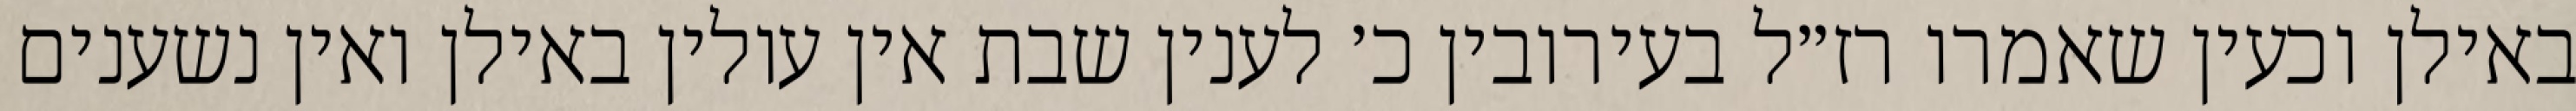
באילן וכעין שאמרו רז״ל בעירובין כ׳ לענין שבת אין עולין באילן ואין נשענים